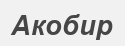
Акобир